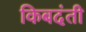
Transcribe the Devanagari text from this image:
किबदंती